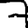
Digit: 7